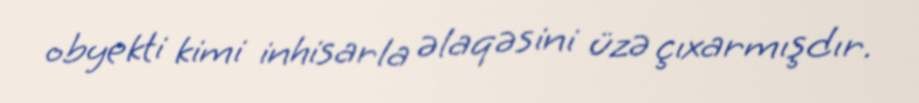
obyekti kimi inhisarla əlaqəsini üzə çıxarmışdır.